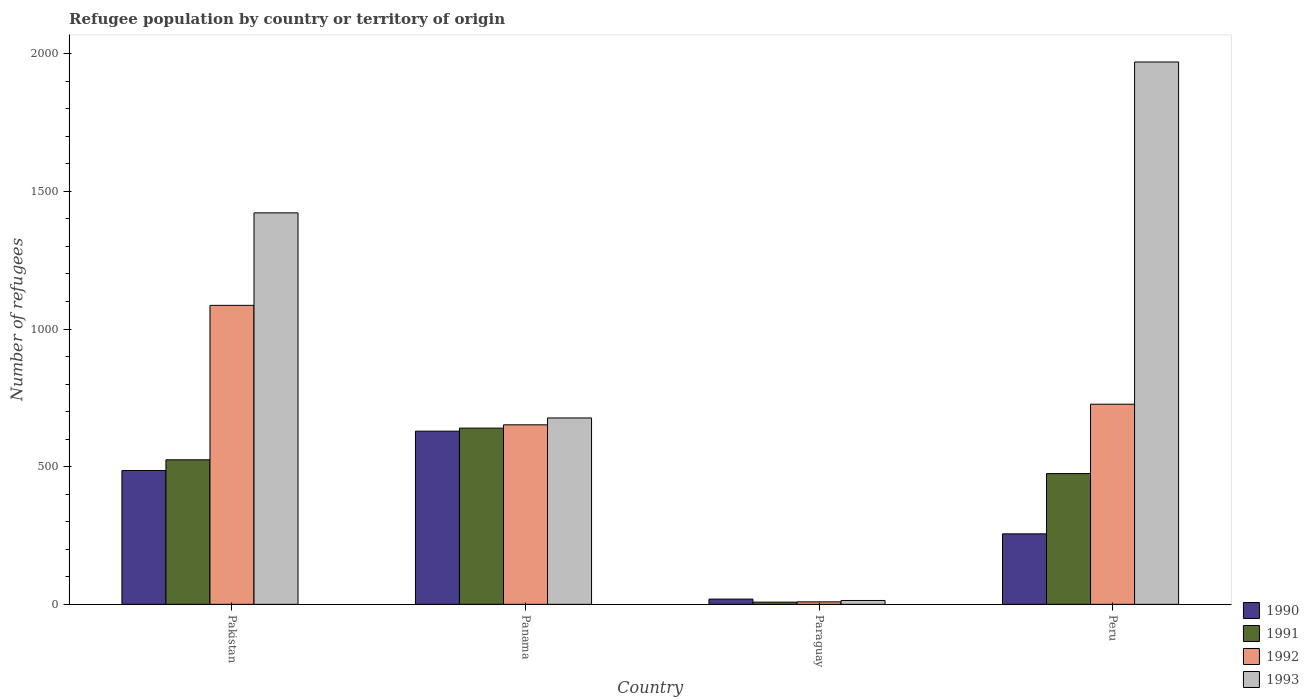
| Country | 1990 | 1991 | 1992 | 1993 |
 | --- | --- | --- | --- | --- |
 | Pakistan | 486 | 525 | 1.09e+03 | 1.42e+03 |
 | Panama | 629 | 640 | 652 | 677 |
 | Paraguay | 19 | 8 | 9 | 14 |
 | Peru | 256 | 475 | 727 | 1.97e+03 |